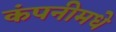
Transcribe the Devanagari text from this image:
कंपनीमधे